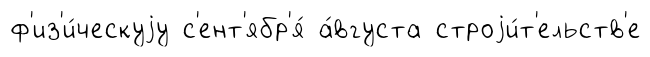
ф'из'и́ческуjу с'ент'ябр'я́ а́вгуста строjи́т'ельств'е